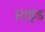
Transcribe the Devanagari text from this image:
म़ाइंड